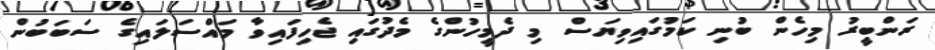
ރަންބީރު މިހެން ބުނި ކަމުގައިވިޔަސް މި ދެމީހުންގެ މެދުގައި ޖެހިފައިވާ މައްސަލައިގެ ސަބަބުން